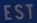
EST